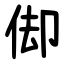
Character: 㑢